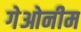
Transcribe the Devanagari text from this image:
गेओनीम